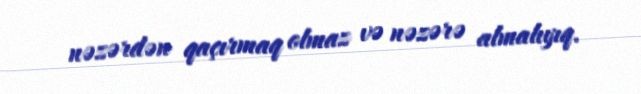
nəzərdən qaçırmaq olmaz və nəzərə almalıyıq.